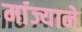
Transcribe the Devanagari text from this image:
मांज्याने